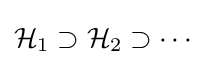
{\mathcal {H}}_{1}\supset {\mathcal {H}}_{2}\supset \dotsb